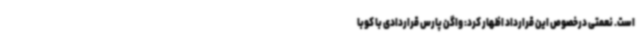
است. نعمتی درخصوص این قرارداد اظهار کرد: واگن پارس قراردادی با کوبا